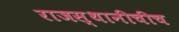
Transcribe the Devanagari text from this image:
राजस्थानीचीच